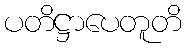
ပတိဋ္ဌာပေတူတိ